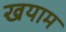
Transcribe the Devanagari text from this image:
खयाम